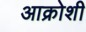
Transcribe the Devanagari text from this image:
आक्रोशी